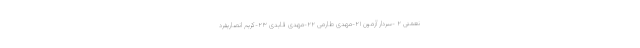
نعمتى ٢ -سردار آزمون ٢١-مهدى طارمى ٢٢-مهدى قایدى ٢٣-کریم انصاریفرد